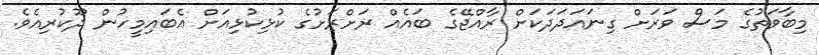
މިބާވަތުގެ މަސް ވަރަށް ގިނައަދަދަކަށް ރާއްޖޭގެ ބައެއް ރަށްރަށުގެ ކުޅިކުޅިއަށް އެބައިމީހުން ދޫކުރިއެވެ.